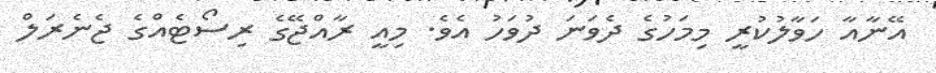
އޭނާއާ ހަވާލުކުރީ މިމަހުގެ ދެވަނަ ދުވަހު އެވެ. މިއީ ރާއްޖޭގެ ރިސޯޓެއްގެ ޖެނެރަލް